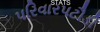
પરિવારપટૌડી